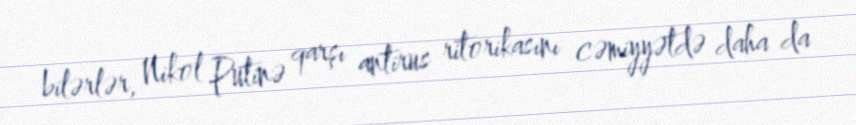
bilərlər, Nikol Putinə qarşı antirus ritorikasını cəmiyyətdə daha da